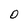
Character: O